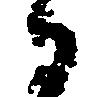
御